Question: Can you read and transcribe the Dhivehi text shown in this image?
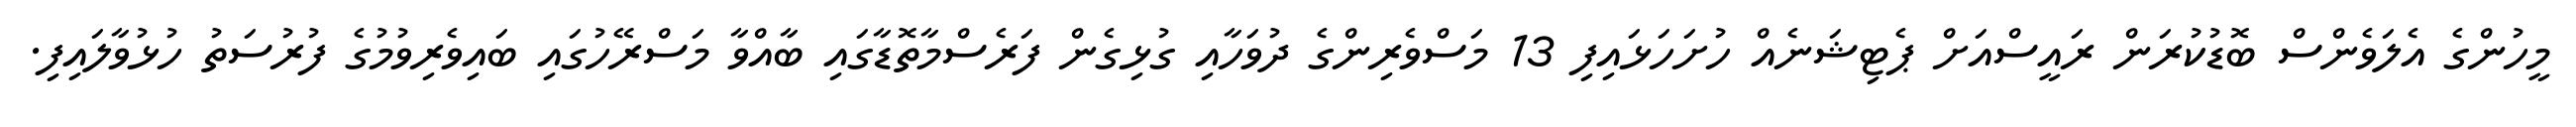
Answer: މީހުންގެ އެލަވެންސް ބޮޑުކުރަން ރައީސްއަށް ޕެޓިޝަނެއް ހުށަހަޅައިފި 13 މަސްވެރިންގެ ދުވަހާއި ގުޅިގެން ފަރެސްމާތޮޑާގައި ބާއްވާ މަސްރޭހުގައި ބައިވެރިވުމުގެ ފުރުސަތު ހުޅުވާލައިފި.